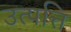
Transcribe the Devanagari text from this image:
उत्‍पत्ति